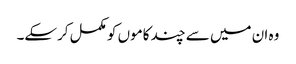
وہ ان میں سے چند کاموں کو مکمل کرسکے۔